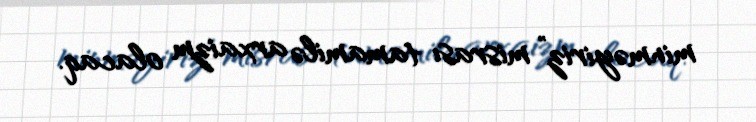
minməyiriz” misrası tamamilə arxaizm olacaq.